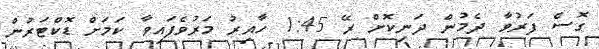
ގޮސް ފަރުވާ ދެމުން ދަނިކޮށް ރޭ 1:45 ހާއިރު މަރުވެފައިވާ ކަމަށް ޑޮކްޓަރުން